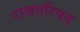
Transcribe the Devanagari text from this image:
राजपरिषद